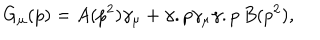
G _ { \mu } ( p ) = A ( p ^ { 2 } ) \gamma _ { \mu } + \gamma . p \gamma _ { \mu } \gamma . p \, B ( p ^ { 2 } ) ,